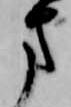
方